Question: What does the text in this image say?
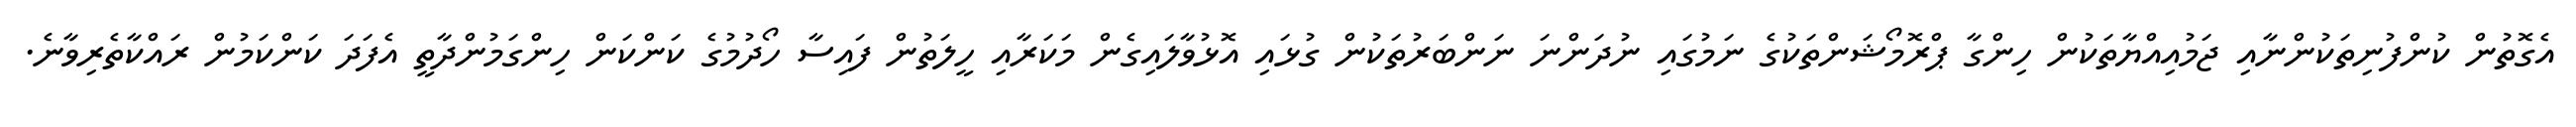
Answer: އެގޮތުން ކުންފުނިތަކުންނާއި ޖަމުއިއްޔާތަކުން ހިންގާ ޕްރޮމޯޝަންތަކުގެ ނަމުގައި ނުދަންނަ ނަންބަރުތަކުން ގުޅައި އޮޅުވާލައިގެން މަކަރާއި ހީލަތުން ފައިސާ ހޯދުމުގެ ކަންކަން ހިންގަމުންދާތީ އެފަދަ ކަންކަމުން ރައްކާތެރިވާނެ.